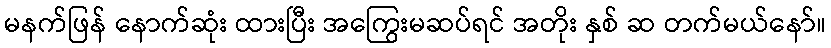
မနက်ဖြန် နောက်ဆုံး ထားပြီး အကြွေးမဆပ်ရင် အတိုး နှစ် ဆ တက်မယ်နော်။